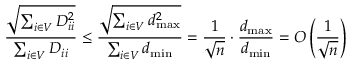
\frac { \sqrt { \sum _ { i \in V } D _ { i i } ^ { 2 } } } { \sum _ { i \in V } D _ { i i } } \leq \frac { \sqrt { \sum _ { i \in V } d _ { \operatorname* { m a x } } ^ { 2 } } } { \sum _ { i \in V } d _ { \operatorname* { m i n } } } = \frac { 1 } { \sqrt { n } } \cdot \frac { d _ { \operatorname* { m a x } } } { d _ { \operatorname* { m i n } } } = O \left( \frac { 1 } { \sqrt { n } } \right)